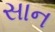
સાન